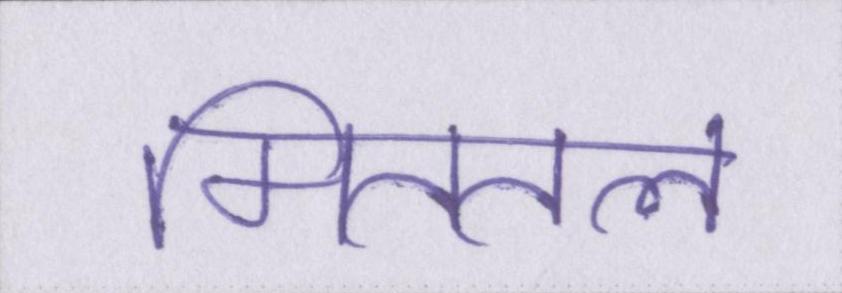
मिततल